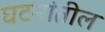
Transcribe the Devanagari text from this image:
घटनांतील